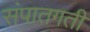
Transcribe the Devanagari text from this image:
संपातगती